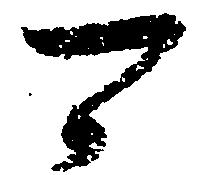
可